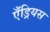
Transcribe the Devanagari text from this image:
एँड्रियस